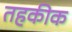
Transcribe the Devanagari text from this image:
तहकीक